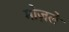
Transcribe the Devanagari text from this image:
मोज़ले